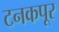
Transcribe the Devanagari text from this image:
टनकपूर